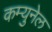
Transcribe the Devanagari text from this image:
कम्युनेल